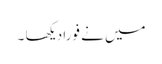
میں نے فورا دیکھا ۔